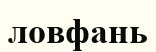
ловфань